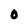
Character: O